On kala azar, malaria and malarial cachexia - Number 19
Disease focus: Malaria
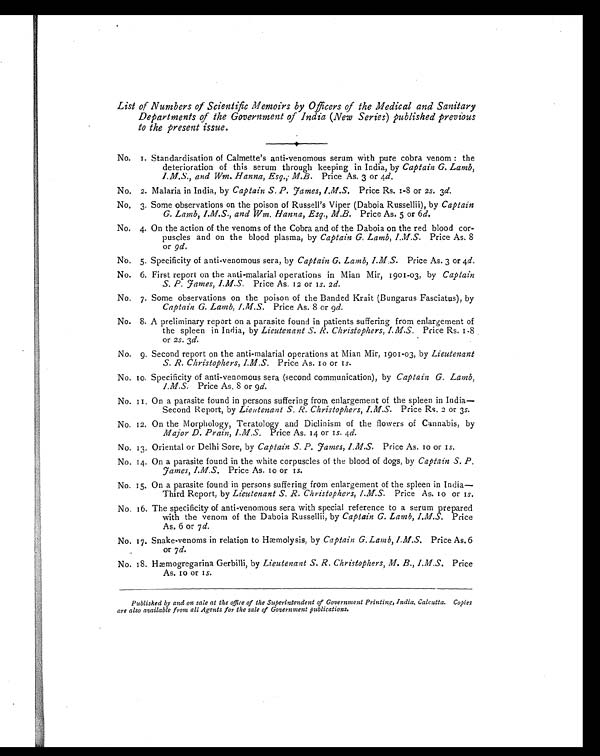
List of Numbers of Scientific Memoirs by Officers of the Medical and Sanitary
Departments of the Government of India (New Series) published previous
to the present issue.
No. 1. Standardisation of Calmette's anti-venomous serum with pure cobra venom : the
deterioration of this serum through keeping in India, by Captain G. Lamb,
I.M.S., and Wm. Hanna, Esq., M.B. Price As. 3 or 4d.
No. 2. Malaria in India, by Captain S. P. James, I.M.S. Price Rs. 1-8 or 2 s. 3d.
No. 3. Some observations on the poison of Russell's Viper (Daboia Russellii), by Captain
G. Lamb, I.M.S., and Wm. Hanna, Esq., M.B. Price As. 5 or 6d.
No. 4. On the action of the venoms of the Cobra and of the Daboia on the red blood cor-
puscles and on the blood plasma, by Captain G. Lamb, I.M.S.Price As. 8
or 9d.
No. 5. Specificity of anti-venomous sera, by Captain G. Lamb, I.M.S. Price As. 3 or 4d.
No. 6. First report on the anti-malarial operations in Mian Mir, 1901-03, by Captain
S. P. James, I.M.S. Price As. 12 or 1s. 2d.
No. 7. Some observations on the poison of the Banded Krait (Bungarus Fasciatus), by
Captain G. Lamb, I.M.S. Price As. 8 or 9d.
No. 8. A preliminary report on a parasite found in patients suffering from enlargement of
the spleen in India, by Lieutenant S. R. Christophers, I.M.S. Price Rs. 1-8
or 2s. 3d.
No. 9. Second report on the anti-malarial operations at Mian Mir, 1901-03, by Lieutenant
S. R. Christophers, I.M.S. Price As. 10 or 1s.
No. 10. Specificity of anti-venomous sera (second communication), by Captain G. Lamb,
I.M.S. Price As. 8 or 9d.
No. 11. On a parasite found in persons suffering from enlargement of the spleen in India—
Second Report, by Lieutenant S. R. Christophers, I.M.S. Price Rs. 2 or 3s.
No. 12. On the Morphology, Teratology and Diclinism of the flowers of Cannabis, by
Major D. Prain, I.M.S. Price As. 14 or 1s. 4d.
No. 13. Oriental or Delhi Sore, by Captain S. P. James, I.M.S. Price As. 10 or 1s.
No. 14. On a parasite found in the white corpuscles of the blood of dogs, by Captain S. P.
James, I.M.S. Price As. 10 or 1s.
No. 15. On a parasite found in persons suffering from enlargement of the spleen in India—
Third Report, by Lieutenant S. R. Christophers, I.M.S. Price As. 10 or 1s.
No. 16. The specificity of anti-venomous sera with special reference to a serum prepared
with the venom of the Daboia Russellii, by Captain G. Lamb, I.M.S. Price
As. 6 or 7 d.
No. 17. Snake-venoms in relation to Hæmolysis, by Captain G. Lamb, I.M.S. Price As. 6
or 7d.
No. 18. Hæmogregarina Gerbilli, by Lieutenant S. R. Christophers, M. B., I.M.S. Price
As. 10 or 1s.
Published by and on sale at the office of the Superintendent of Government Printing, India, Calcutta. Copies
are also available from all Agents for the sale of Government publications.